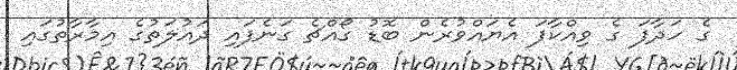
ގެ ހަދާފަ ގެ ވިއްކާފަ އެޔައްވުރެން ބޮޑު ގޯއްޗެ ގަނެފައި ދައުލަތުގެ އިމާރާތުގައި